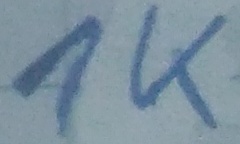
Text: 1K